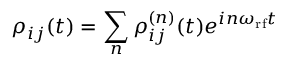
\rho _ { i j } ( t ) = \sum _ { n } \rho _ { i j } ^ { ( n ) } ( t ) e ^ { i n \omega _ { \mathrm { r f } } t }